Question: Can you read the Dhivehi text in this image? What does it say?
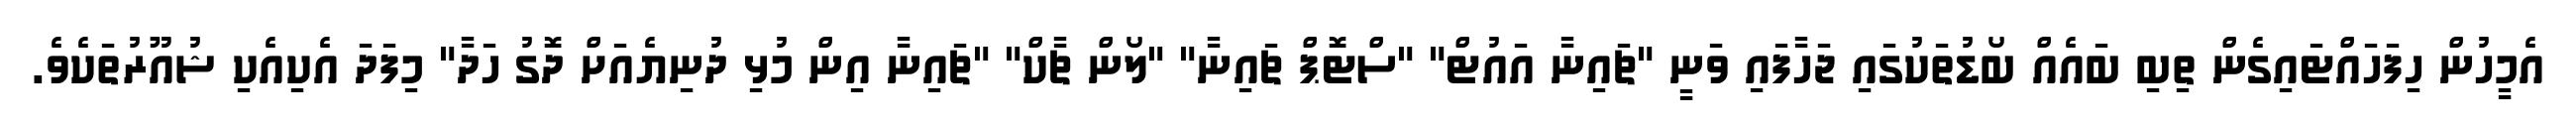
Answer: އެމީހުން ހިފަހައްޓައިގެން ތިބި ބައެއް ބޯޑުތަކުގައި ޖަހާފައި ވަނީ "ޗައިނާ އައުޓް" "ސްޓޮޕް ޗައިނާ" "ލޯން ޗާކް" "ޗައިނާ އިން މުޅި ދުނިޔެއަށް ދޮގު ހަދާ" މިފަދަ އެކިއެކި ޝުއޫރުތަކެވެ.